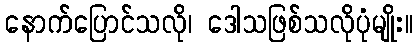
နောက်ပြောင်သလို၊ ဒေါသဖြစ်သလိုပုံမျိုး။